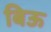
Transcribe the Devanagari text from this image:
बिऊ